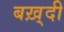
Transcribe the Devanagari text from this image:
बख़्दी